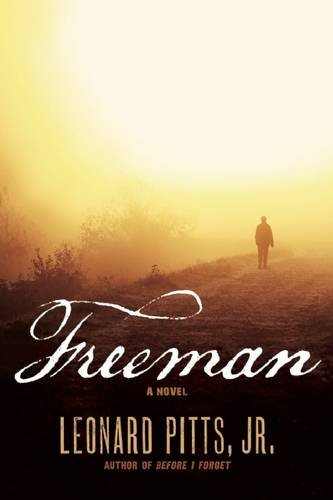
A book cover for Freeman; Leonard Jr. Pitts; Literature & Fiction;